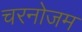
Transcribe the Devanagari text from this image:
चरनोजम